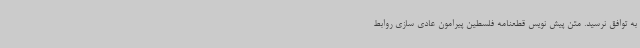
به توافق نرسید. متن پیش نویس قطعنامه فلسطین پیرامون عادی سازی روابط